Papers set at the Examination for Leaving Certificates, 1892
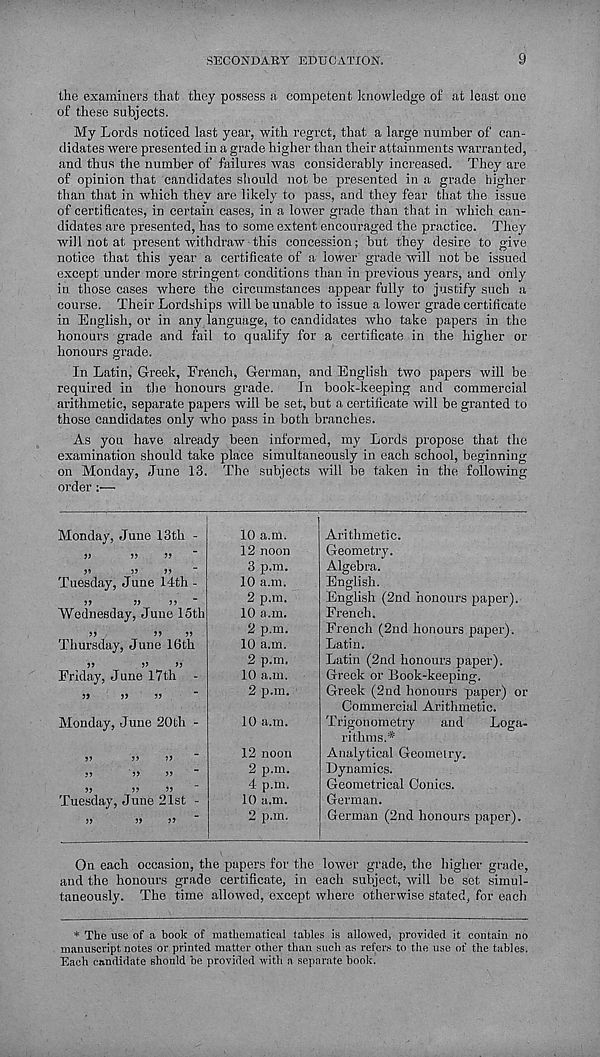
SECONDARY EDUCATION.
the examiners that they possess a. competent knowledge of at least one
of these subjects.
My Lords noticed last year, with regret, that a large number of can-
didates were presented in a grade higher than their attainments warranted,
and thus the number of failures was considerably increased. They are
of opinion that candidates should not be presented in a grade higher
than that in which they are likely to pass, and they fear that the issue
of certificates, in certain cases, in a lower grade than that in which can-
didates are presented, has to some extent encouraged the practice. They
will not at present withdraw-this concession; but they desire to give
notice that this year a certificate of a lower grade will not be issued
except under more stringent conditions than in previous years, and only
in those cases whore the circumstances appear fully to justify such a
course. Their Lordships will be unable to issue a lower grade certificate
in English, or in any language, to candidates who take papers in the
honours grade and fail to qualify for a certificate in the higher or
honours grade.
In Latin, Greek, French, German, and English two papers will be
required in the honours grade.
In book-keeping and commercial
arithmetic, separate papers will be set, but a certificate will be granted to
those candidates only who pass in both branches.
As you have already been informed, my Lords propose that the
examination should take place simultaneously in each school, beginning
on Monday, June 13. The subjects will be taken in the following
order ;—
Monday, June 13th -
55
55
55
Tuesday, June 14th -
55
55
55
Wednesday, June 15th
>>
!>
»
Thursday, June 16th
55
55
55
Friday, June 17th -
!»
»
»
Monday, June 20th -
55
55
55
Tuesday, June 21st
10 a.m.
12 noon
3 p.m.
10 a.m.
2 p.m.
10 a.m.
2 p.m.
10 a.m.
2 p.m.
10 a.m.
2 p.m.
10 a.m.
12 noon
2 p.m.
4 p.m.
10 a.m.
2 p.m.
Arithmetic.
Geometry.
Algebra.
English.
English (2nd honours paper).
French.
French (2nd honours paper).
Latin.
Latin (2nd honours paper).
Greek or Book-keeping.
Greek (2nd honours paper) or
Commercial Arithmetic.
Trigonometry
and
Loga-
rithms.*
Analytical Geometry.
Dynamics.
Geometrical Conics.
German.
German (2nd honours paper).
On each occasion, the papers for the lower grade, the higher grade,
and the honours grade certificate, in each subject, will be set simul-
taneously. The time allowed, except where otherwise stated, for each
* The use of a hook of mathematical tables is allowed, provided it contain no
manuscript notes or printed matter other than such as refers to the use of the tables.
Each candidate should he provided with a separate hook.